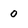
Character: 0